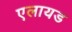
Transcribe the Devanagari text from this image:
एलायड